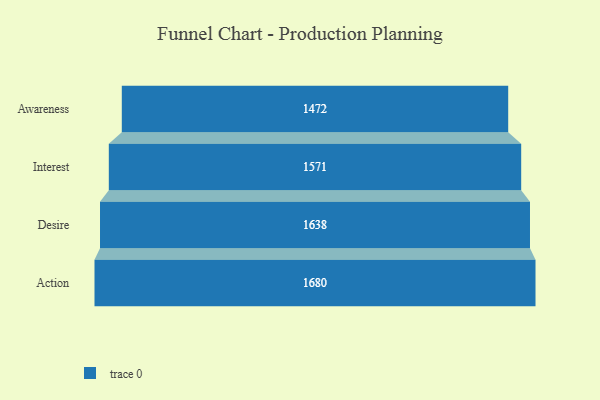
{"axis": {"x": "Stage", "y": "Value"}, "legend": [""], "data": [{"x": "Awareness", "y": 1472.0, "type": ""}, {"x": "Interest", "y": 1571.0, "type": ""}, {"x": "Desire", "y": 1638.0, "type": ""}, {"x": "Action", "y": 1680.0, "type": ""}]}